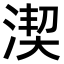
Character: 𣸲